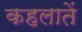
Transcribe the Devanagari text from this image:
कहलातें